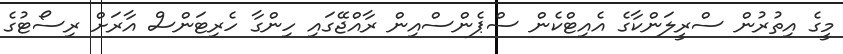
މީގެ އިތުރުން ސްރީލަންކާގެ އެއިޓްކެން ސްޕެންސްއިން ރާއްޖޭގައި ހިންގާ ހެރިޓަންސް އާރަށް ރިސޯޓުގެ